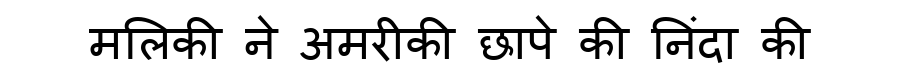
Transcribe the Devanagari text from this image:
मलिकी ने अमरीकी छापे की निंदा की